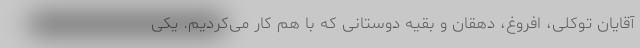
آقایان توکلی، افروغ، دهقان و بقیه دوستانی که با هم کار می‌کردیم. یکی